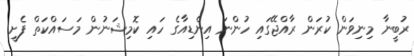
ރުބީނާ މިނިވަން ކުުރަން ރާއްޖޭގައި ހުންނަ އިންޑިއާގެ ހައި ކޮމިޝަނުން މަސައްކަތް ފެށީ